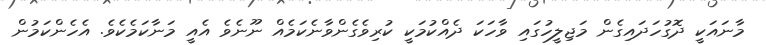
މާނައަކީ ދޮގުހަދައިގެން މަޖިލީހުގައި ވާހަކަ ދެއްކުމަކީ ކުރިވެގެންވާނެކަމެއް ނޫނެވެ އެއީ މަނާކަމެކެވެ. އެހެންކަމުން